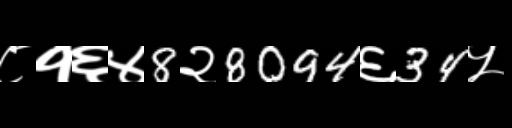
Text: ८१६४8२8094६34५